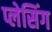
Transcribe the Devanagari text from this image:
प्लेसिंग